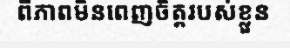
ពីភាពមិនពេញចិត្តរបស់ខ្លួន